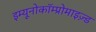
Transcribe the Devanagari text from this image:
इम्यूनोकॉम्प्रोमाइज़्ड